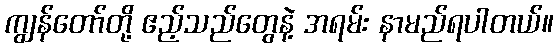
ကျွန်တော်တို့ ဧည့်သည်တွေနဲ့ အရမ်း နာမည်ရပါတယ်။